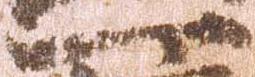
一